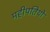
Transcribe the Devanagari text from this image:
महीपतियों